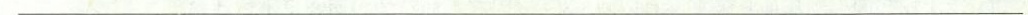
___